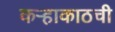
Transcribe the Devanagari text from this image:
कऱ्हाकाठची